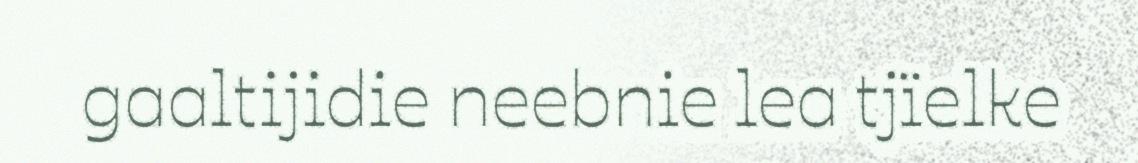
gaaltijidie neebnie lea tjïelke